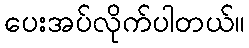
ပေးအပ်လိုက်ပါတယ်။